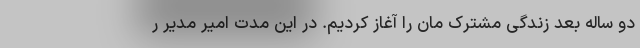
دو ساله بعد زندگی مشترک مان را آغاز کردیم. در این مدت امیر مدیر ر